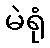
မဲရုံ